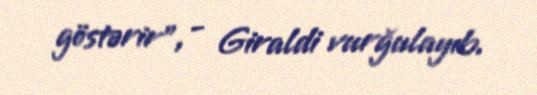
göstərir", - Giraldi vurğulayıb.